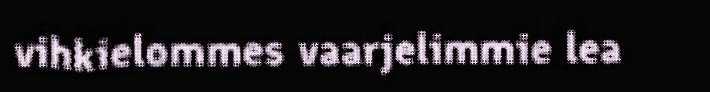
vihkielommes vaarjelimmie lea